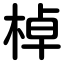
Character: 棹